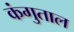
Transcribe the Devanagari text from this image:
कंगुताल